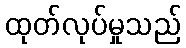
ထုတ်လုပ်မှုသည်